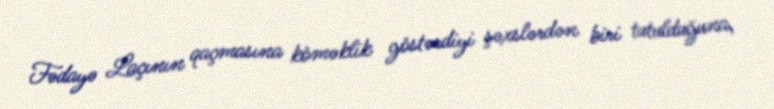
Fədayə Laçının qaçmasına köməklik göstərdiyi şəxslərdən biri tutulduğuna,